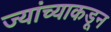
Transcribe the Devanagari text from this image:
ज्यांच्याकडून